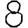
Digit: 8